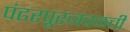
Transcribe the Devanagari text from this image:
पंढरपूरजवळची